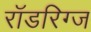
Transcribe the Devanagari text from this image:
रॉडरिग्ज